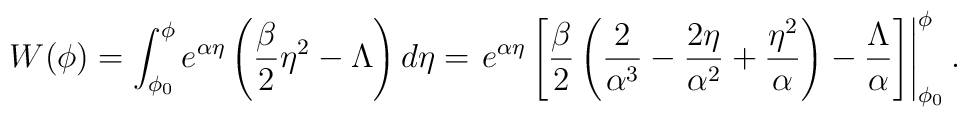
W(\phi) = \int_{\phi_0}^{\phi} e^{\alpha\eta} \left(    \frac{\beta}{2} \eta^2 - \Lambda \right) d\eta = \left. e^{\alpha\eta}    \left[ \frac{\beta}{2} \left( \frac{2}{\alpha^3} -        \frac{2\eta}{\alpha^2} + \frac{\eta^2}{\alpha} \right) -      \frac{\Lambda}{\alpha} \right]  \right|_{\phi_0}^{\phi}.